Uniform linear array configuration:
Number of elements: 8
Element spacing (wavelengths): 0.25
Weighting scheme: binomial
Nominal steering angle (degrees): -45
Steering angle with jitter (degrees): -45.317
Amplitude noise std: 0.05
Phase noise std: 0.05

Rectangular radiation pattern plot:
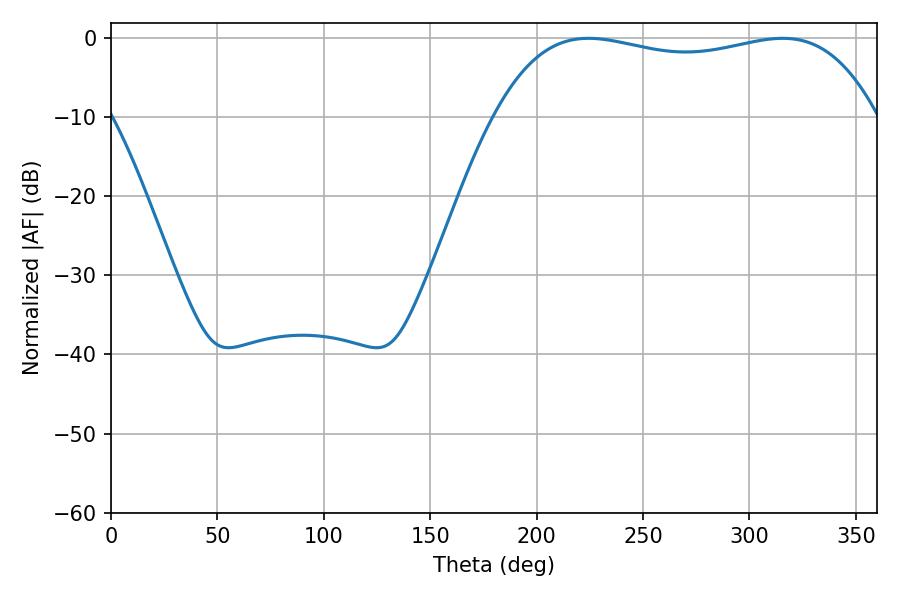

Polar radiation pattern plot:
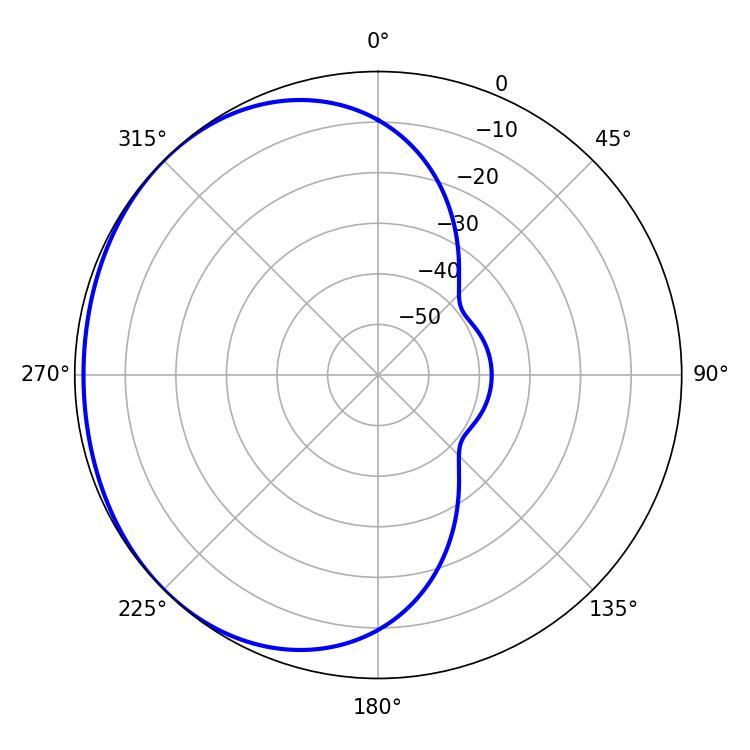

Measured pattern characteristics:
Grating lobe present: FALSE
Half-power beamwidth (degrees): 144.72
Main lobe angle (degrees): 224.46